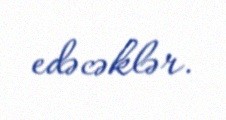
edəcəklər.